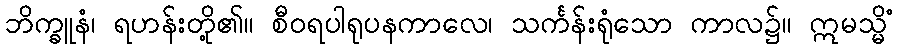
ဘိက္ခူနံ၊ ရဟန်းတို့၏။ စီဝရပါရုပနကာလေ၊ သင်္ကန်းရုံသော ကာလ၌။ ဣမသ္မိံ